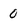
Character: 0